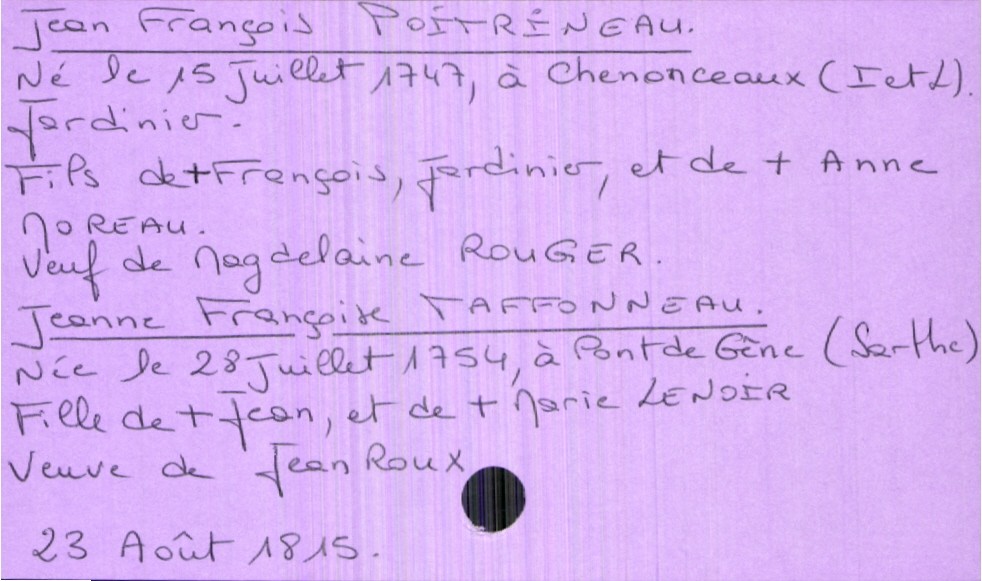
type_acte: Mariage
année: 1815
mois: août
jour: 23
marié_nom: Poitrineau
marié_prénom: Jean François
marié_profession: jardinier
marié_date_de_naissance: 15 juillet 1747
marié_lieu_de_naissance: Chenonceaux (Indre et Loire)
marié_statut: veuf
père_marié_nom: Poitrineau
père_marié_prénom: François
père_marié_profession: jardinier
père_marié_statut: décédé
mère_marié_nom: Moreau
mère_marié_prénom: Anne
mère_marié_statut: décédée
mariée_nom: Taffonneau
mariée_prénom: Jeanne Françoise
mariée_date_de_naissance: 28 juillet 1754
mariée_lieu_de_naissance: Pont de Gêne (Sarthe)
mariée_statut: veuve
père_mariée_nom: Taffoneau
père_mariée_prénom: Jean
père_mariée_statut: décédé
mère_mariée_nom: Lenoir
mère_mariée_prénom: Marie
mère_mariée_statut: décédée